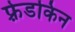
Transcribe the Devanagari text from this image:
फ़्रेडकिन